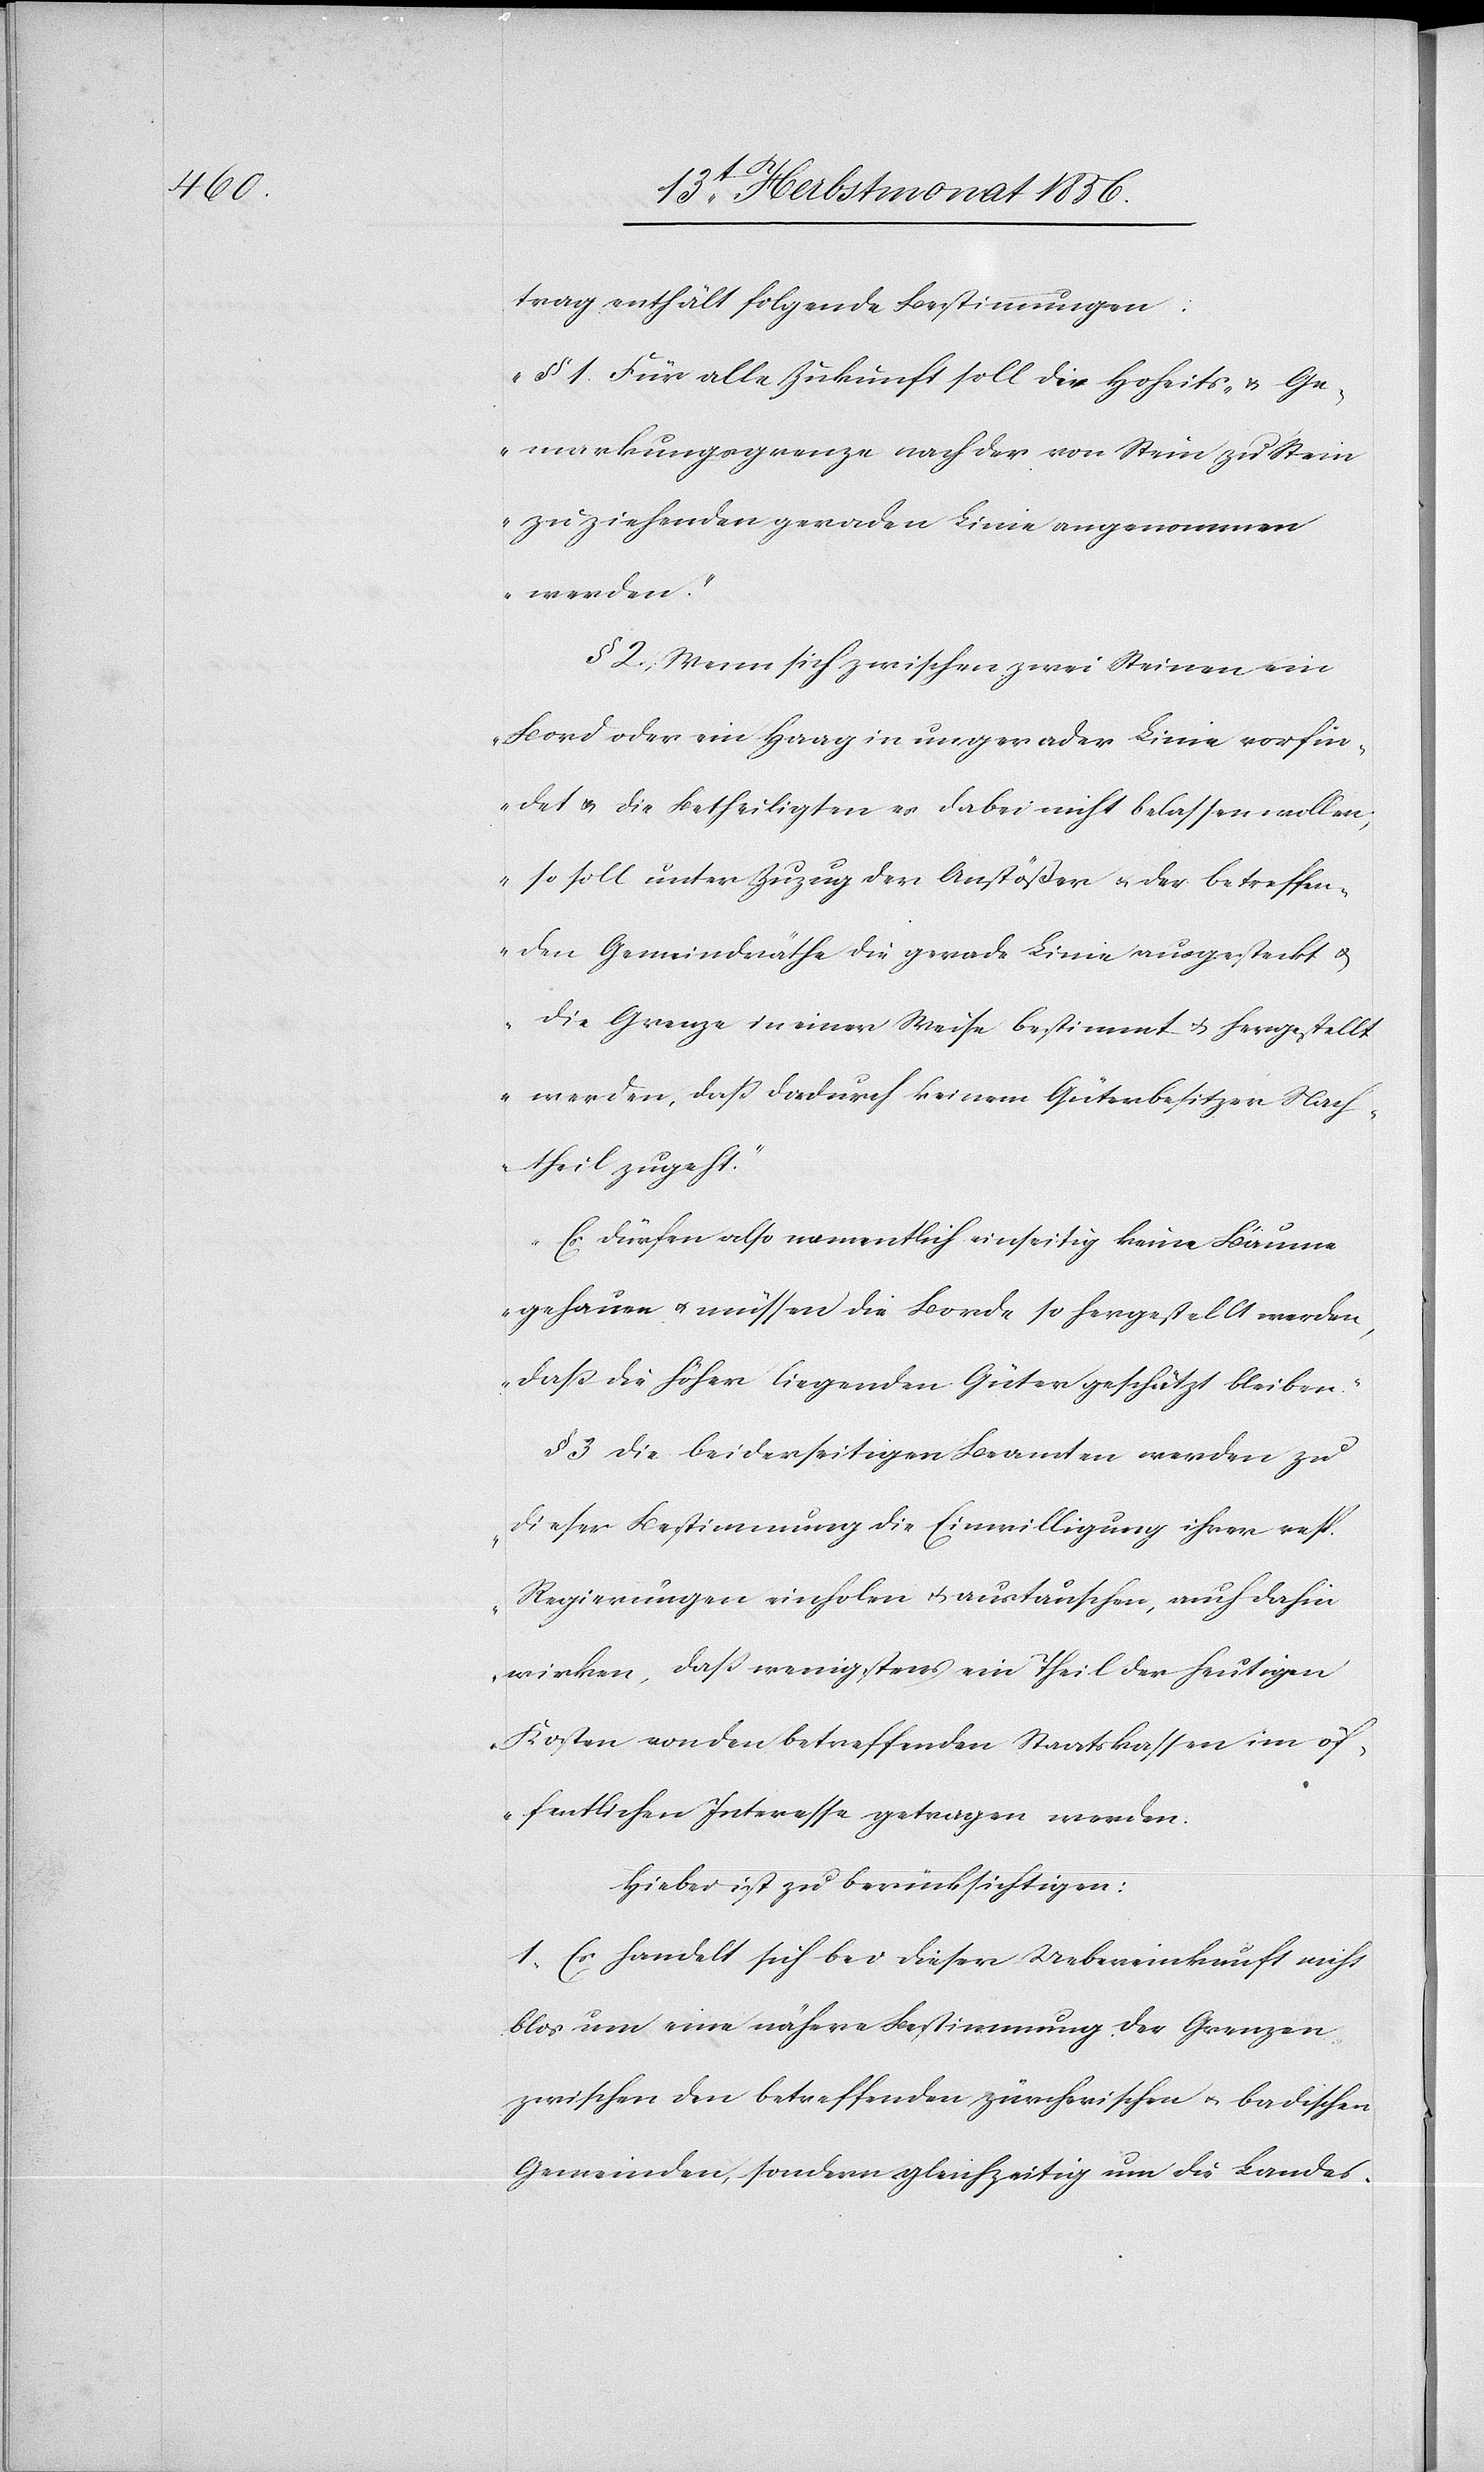
trag enthält folgende Bestimmungen:
„§ 1. Für alle Zukunft soll die Hoheits- & Ge¬
markungsgrenze nach der von Stein zu Stein
zu ziehenden geraden Linie angenommen
werden.”
§ 2. Wenn sich zwischen zwei Steinen ein
„Bord oder ein Haag in ungerader Linie vorfin¬
det u. die Betheiligten es dabei nicht belassen wollen;
so soll unter Zuzug der Anstößer u. der betreffen¬
den Gemeindräthe die gerade Linie ausgesteckt u.
die Grenze in einer Weise bestimmt u. hergestellt
werden, dass dadurch keinem Güterbesitzer Nach¬
theil zusteht.”
„Es dürfen also namentlich einseitig keine Bäume
gehauen u. müssen die Borde so hergestellt werden,
dass die höher liegenden Güter geschützt bleiben.”
§ 3 Die beiderseitigen Beamten werden zu
„dieser Bestimmung die Einwilligung ihrer resp.
Regierungen einholen u. austauschen, auch dahin
wirken, dass wenigstens ein Theil der heutigen
Kosten von den betreffenden Staatskassen im öf¬
fentlichen Interesse getragen werden.[”]
Hiebei ist zu berücksichtigen:
1. Es handelt sich bei dieser Uebereinkunft nicht
blos um eine nähere Bestimmung der Grenzen
zwischen den betreffenden zürcherischen u. badischen
Gemeinden, sondern gleichzeitig um die Landes-